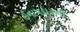
ઈનામદારની